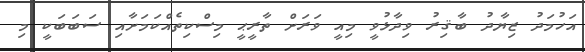
އަހުމަދު ޒިޔާދު ބާޤިރު ވިދާޅުވީ މިއީ ވަރަށް ތާރީޙީ މިސްކިތެއްކަމަށާއި ސަބަބަކީ މި